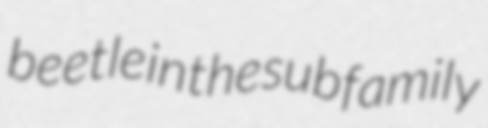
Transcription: beetle in the subfamily